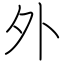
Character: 外